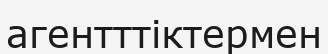
агентттіктермен